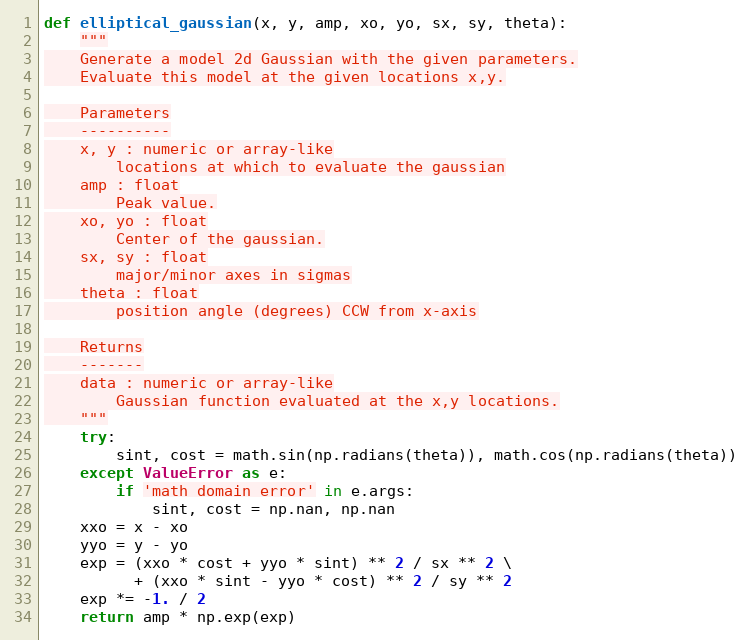
Language: Python
def elliptical_gaussian(x, y, amp, xo, yo, sx, sy, theta):
    """
    Generate a model 2d Gaussian with the given parameters.
    Evaluate this model at the given locations x,y.

    Parameters
    ----------
    x, y : numeric or array-like
        locations at which to evaluate the gaussian
    amp : float
        Peak value.
    xo, yo : float
        Center of the gaussian.
    sx, sy : float
        major/minor axes in sigmas
    theta : float
        position angle (degrees) CCW from x-axis

    Returns
    -------
    data : numeric or array-like
        Gaussian function evaluated at the x,y locations.
    """
    try:
        sint, cost = math.sin(np.radians(theta)), math.cos(np.radians(theta))
    except ValueError as e:
        if 'math domain error' in e.args:
            sint, cost = np.nan, np.nan
    xxo = x - xo
    yyo = y - yo
    exp = (xxo * cost + yyo * sint) ** 2 / sx ** 2 \
          + (xxo * sint - yyo * cost) ** 2 / sy ** 2
    exp *= -1. / 2
    return amp * np.exp(exp)